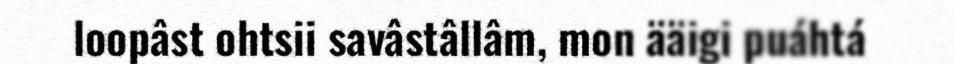
loopâst ohtsii savâstâllâm, mon ääigi puáhtá